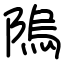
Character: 隖